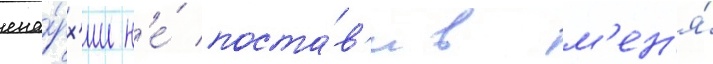
епа́рх'ии н'е́ поста́в'ив м'ен'я́